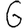
Digit: 6